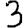
Digit: 3